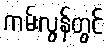
ကမ်းလွန်တွင်